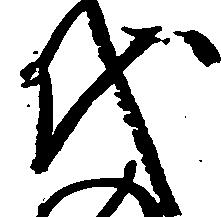
代